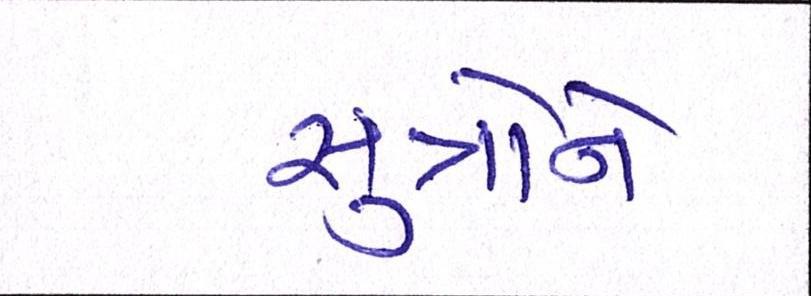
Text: સુત્રોને